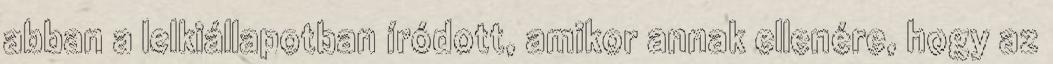
abban a lelkiállapotban íródott, amikor annak ellenére, hogy az